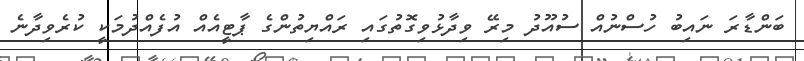
ބަންޑާރަ ނައިބު ހުސްނުއް ސުއޫދު މިރޭ ވިދާޅުވިގޮތުގައި ރައްޔިތުންގެ ޕާޓީއެއް އުފެއްދުމަކީ ކުރެވިދާނެ